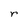
Character: r